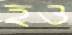
হও